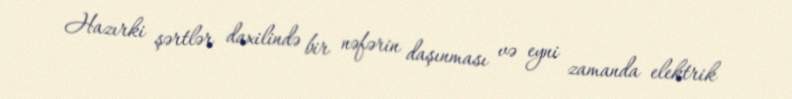
Hazırki şərtlər daxilində bir nəfərin daşınması və eyni zamanda elektrik